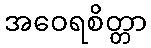
အဝေရစိတ္တာ